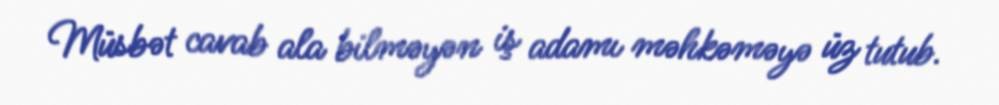
Müsbət cavab ala bilməyən iş adamı məhkəməyə üz tutub.